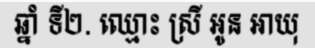
ឆ្នាំ ទី២. ឈ្មោះ ស្រី អូន អាយុ